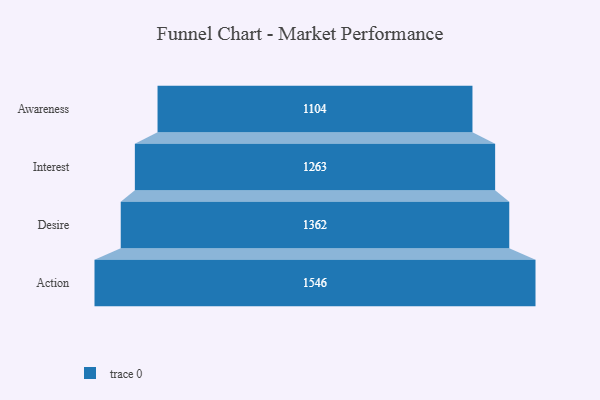
{"axis": {"x": "Stage", "y": "Value"}, "legend": [""], "data": [{"x": "Awareness", "y": 1104.0, "type": ""}, {"x": "Interest", "y": 1263.0, "type": ""}, {"x": "Desire", "y": 1362.0, "type": ""}, {"x": "Action", "y": 1546.0, "type": ""}]}